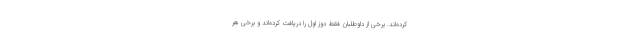
کرده‌اند. برخی از داوطلبان فقط دوز اول را دریافت کرده‌اند و برخی هر